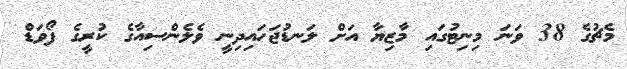
މެޗުގެ 38 ވަނަ މިނިޓުގައި މާޒިޔާ އަށް ލަނޑުޖަހައިދިނީ ވެލެންސިއާގެ ކުރީގެ ފޯވަޑް